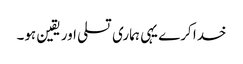
خدا کرے یہی ہماری تسلی اور یقین ہو۔